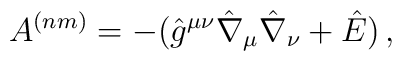
A^{(nm)}=-(\hat{g}^{\mu \nu }\hat{\nabla }_{\mu }\hat{\nabla }_{\nu }+\hat{E})\, ,